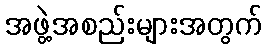
အဖွဲ့အစည်းများအတွက်